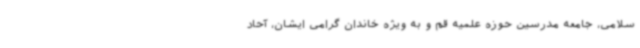
سلامی، جامعه مدرسین حوزه علمیه قم و به ویژه خاندان گرامی ایشان، آحاد